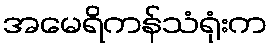
အမေရိကန်သံရုံးက